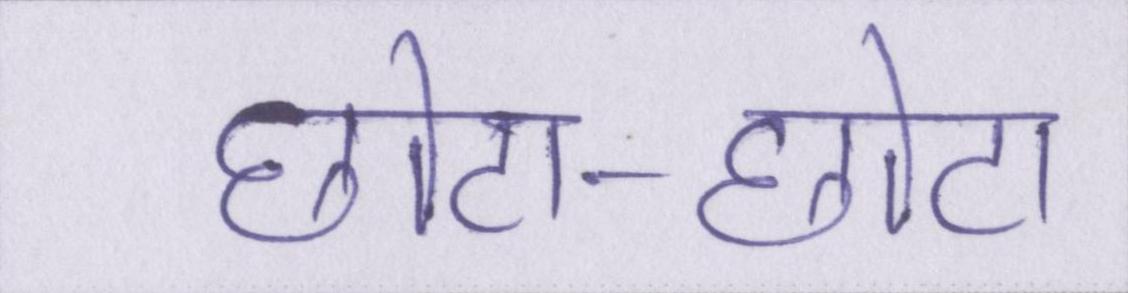
छोटा-छोटा